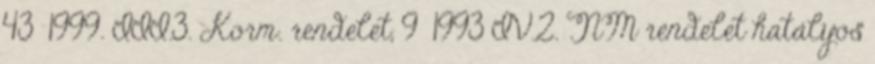
43 1999. III.3. Korm. rendelet, 9 1993 IV.2. NM rendelet hatályos